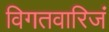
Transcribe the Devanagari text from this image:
विगतवारिजं